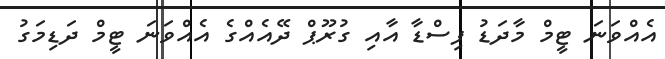
އެއްވަނަ ޓީމް މާދަޑު ފިސްޑާ އާއި ގުރޫޕް ދޭއެއްގެ އެއްވަނަ ޓީމް ދަޑިމަގު